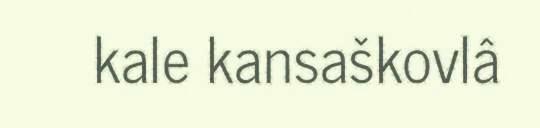
kale kansaškovlâ